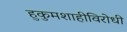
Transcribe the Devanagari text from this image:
हुकुमशाहीविरोधी